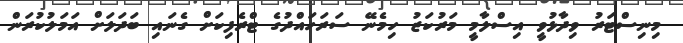
މިނިސްޓަރު ވިދާޅުވީ އިސްލާމީ މަރުކަޒު ހިމެނޭ ސަރަހައްދުގެ ޓްރެފިކަށް ގެނައި ބަދަލަށް އަމަލުކުރަން